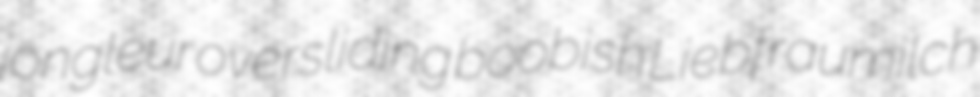
jongleur oversliding boobish Liebfraumilch